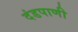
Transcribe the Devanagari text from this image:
दंडपाणी